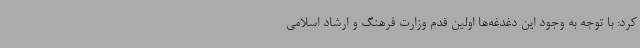
کرد: با توجه به وجود این دغدغه‌ها اولین قدم وزارت فرهنگ و ارشاد اسلامی